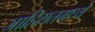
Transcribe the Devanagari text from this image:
जाहिरातमध्ये